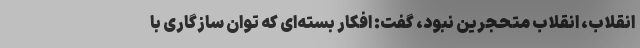
انقلاب، انقلاب متحجرین نبود، گفت: افکار بسته‌ای که توان سازگاری با